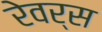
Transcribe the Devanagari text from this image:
रेवर्स